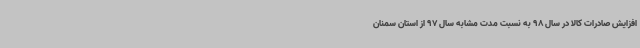
افزایش صادرات کالا در سال 98 به نسبت مدت مشابه سال 97 از استان سمنان